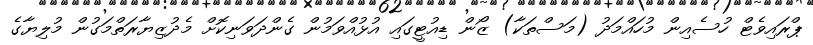
ޕްރައިވެޓް ހުސެއިން މުހައްމަދު (މަސްތަކާ) ޒޯން ޑިއުޓީގައި އުޅުއްވަމުން ގެންދަވަނިކޮށް މެދުޒިޔާރަތްމަގުން މުލިޔާގެ